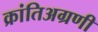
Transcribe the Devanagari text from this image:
क्रांतिअग्रणी